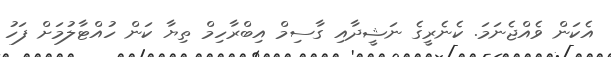
އެކަން ވެއްޖެނަމަ. ކެނެރީގެ ނަޝީދާއި ގާސިމް އިބްރާހިމް ތިޔާ ކަން ހުއްޓާލުމަށް ފަހު